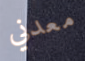
معدني